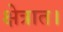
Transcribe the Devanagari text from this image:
क्षेत्रात।